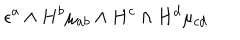
\epsilon ^ { a } \wedge H ^ { b } \mu _ { a b } \wedge H ^ { c } \wedge H ^ { d } \mu _ { c d }